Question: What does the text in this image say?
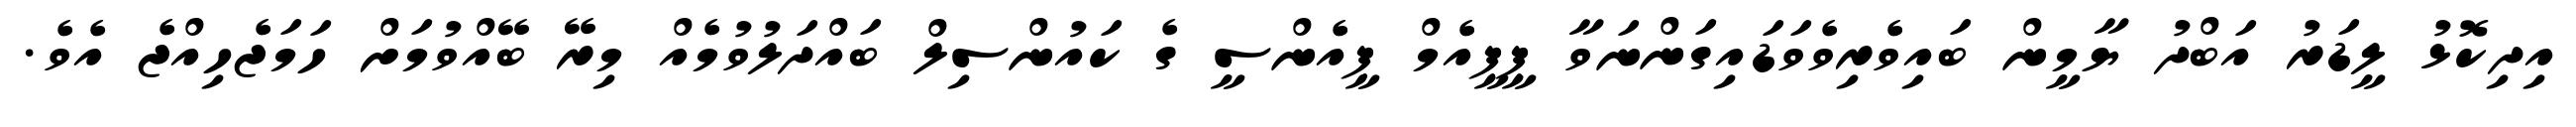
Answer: އިދިކޮޅު ލީޑަރު އަބްދު ޔާމީން ބައިވެރިވެވަޑައިގަންނަވާ ޕީޕީއެމް ޕީއެންސީ ގެ ކައުންސިލް ބައްދަލުވުމެއް މިރޭ ބޭއްވުމަށް ހަމަޖެހިއްޖެ އެވެ.